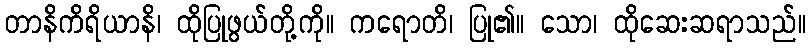
တာနိကိရိယာနိ၊ ထိုပြုဖွယ်တို့ကို။ ကရောတိ၊ ပြု၏။ သော၊ ထိုဆေးဆရာသည်။